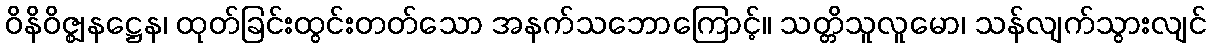
ဝိနိဝိဇ္ဈနဋ္ဌေန၊ ထုတ်ခြင်းထွင်းတတ်သော အနက်သဘောကြောင့်။ သတ္တိသူလူမော၊ သန်လျက်သွားလျင်